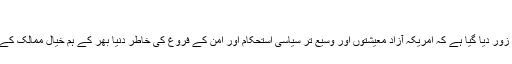
”
اس حکمت عملی میں اس بات پر دوبارہ زور دیا گیا ہے کہ امریکہ آزاد معیشتوں اور وسیع تر سیاسی استحکام اور امن کے فروغ کی خاطر دنیا بھر کے ہم خیال ممالک کے ساتھ کام کرنے کا عزم لیے ہوئے ہے۔